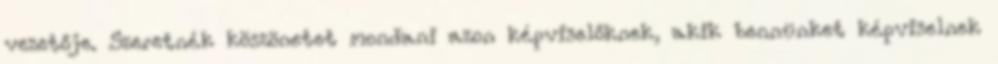
vezetője. Szeretnék köszönetet mondani azon képviselőknek, akik bennünket képviselnek